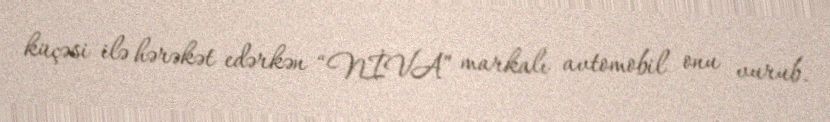
küçəsi ilə hərəkət edərkən “NİVA” markalı avtomobil onu vurub.